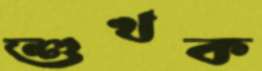
শুখক